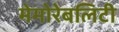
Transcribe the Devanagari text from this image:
मेमोरेबलिटी